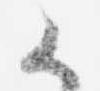
候